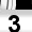
Digit: 3